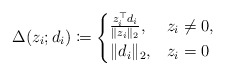
\begin{align*}\Delta(z_i;d_i)\coloneqq\begin{cases} \frac{z_i^\top d_i}{\|z_i\|_2}, & z_i\neq0,\\ \|d_i\|_2, & z_i=0\end{cases}\end{align*}